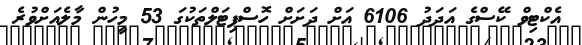
އެކްޓިވް ކޭސްގެ އަދަދު 6106 އަށް ދަށަށް ހޮސްޕިޓަލްތަކުގަ 53 މީހުން މާލެއަށްވުރެ